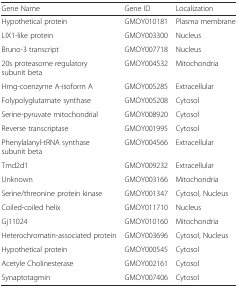
| Gene Name | Gene ID | Localization |
 | --- | --- | --- |
 | Hypothetical protein | GMOY010181 | Plasma membrane |
 | LIX1-like protein | GMOY003300 | Nucleus |
 | Bruno-3 transcript | GMOY007718 | Nucleus |
 | 20s proteasome regulatory subunit beta | GMOY004532 | Mitochondria |
 | Hmg-coenzyme A-isoform A | GMOY005285 | Extracellular |
 | Folypolyglutamate synthase | GMOY005208 | Cytosol |
 | Serine-pyruvate mitochondrial | GMOY008920 | Cytosol |
 | Reverse transcriptase | GMOY001995 | Cytosol |
 | Phenylalanyl-tRNA synthase subunit beta | GMOY004566 | Extracellular |
 | Tmd2d1 | GMOY009232 | Extracellular |
 | Unknown | GMOY003166 | Mitochondria |
 | Serine/threonine protein kinase | GMOY001347 | Cytosol, Nucleus |
 | Coiled-coiled helix | GMOY011710 | Nucleus |
 | Gj11024 | GMOY010160 | Mitochondria |
 | Heterochromatin-associated protein | GMOY003696 | Cytosol, Nucleus |
 | Hypothetical protein | GMOY000545 | Cytosol |
 | Acetyle Cholinesterase | GMOY002161 | Cytosol |
 | Synaptotagmin | GMOY007406 | Cytosol |